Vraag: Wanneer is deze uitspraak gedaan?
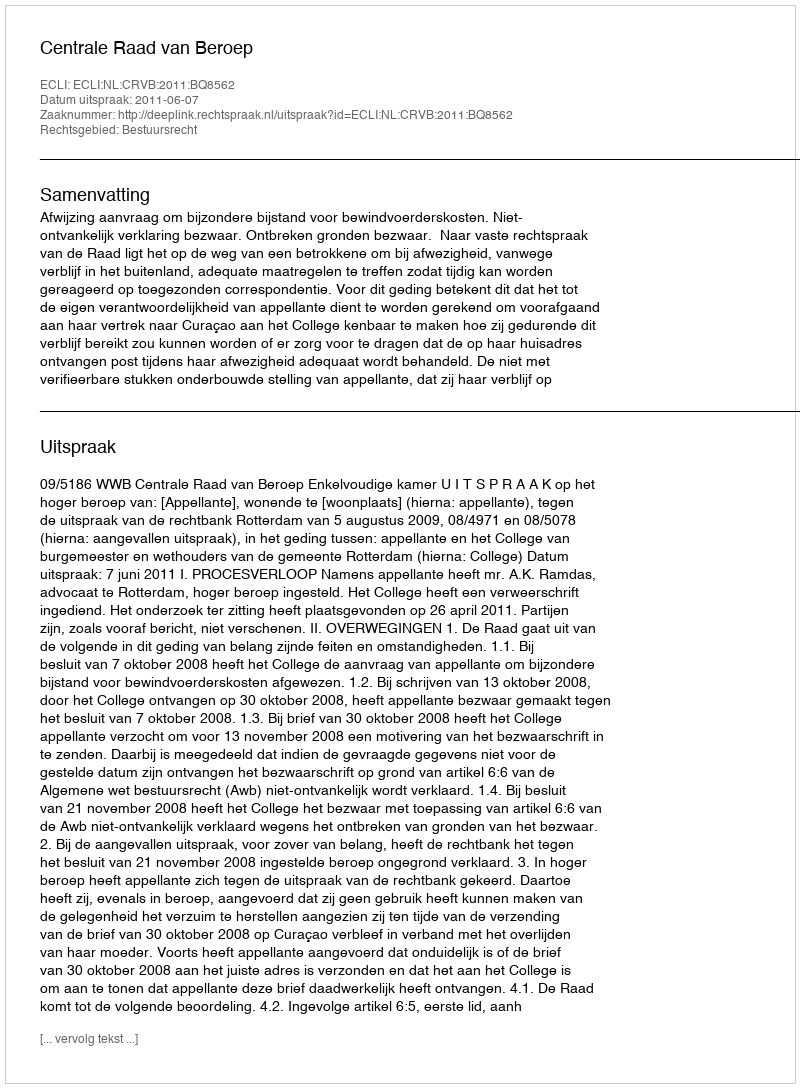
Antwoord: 2011-06-07